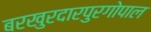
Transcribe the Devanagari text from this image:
बरखुरदारपुरगोपाल